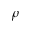
\rho